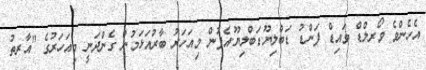
އެހެންވެ ވޯރލްޑް ވައިޑް ފަންޑު ޑަބްލިޔޫ.ޑަބްލިޔޫ.އެފުން މިއަހަރު ބާރުއަޅަމުން ގެންދަނީ މިއަހަރުގެ "އާރތު